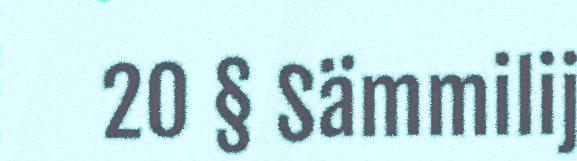
20 § Sämmilij